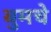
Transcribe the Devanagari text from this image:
बुमचे